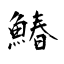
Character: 鰆